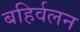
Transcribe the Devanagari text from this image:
बहिर्वलन